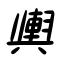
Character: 輿